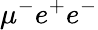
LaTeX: \mu^{-}e^{+}e^{-}